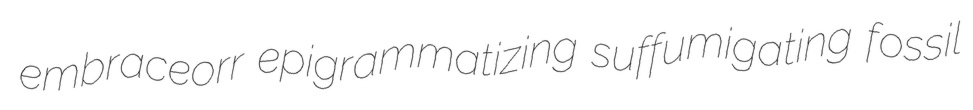
embraceorr epigrammatizing suffumigating fossil